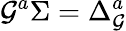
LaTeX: {\cal G}^{a}\Sigma=\Delta_{\cal G}^{a}